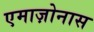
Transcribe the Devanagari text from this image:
एमाज़ोनास